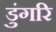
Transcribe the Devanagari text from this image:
डुंगरि